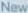
New